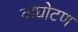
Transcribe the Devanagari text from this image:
वाघोटण